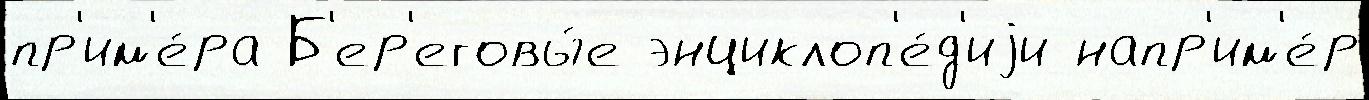
пр'им'е́ра Б'ер'еговы́е энциклоп'е́д'иjи напр'им'е́р